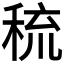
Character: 𱶊